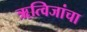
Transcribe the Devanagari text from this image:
ॠत्विजांचा